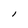
Character: l